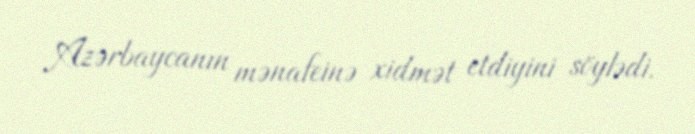
Azərbaycanın mənafeinə xidmət etdiyini söylədi.